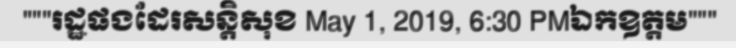
"""រដ្ឋផងដែរសន្តិសុខ May 1, 2019, 6:30 PMឯកឧត្តម"""